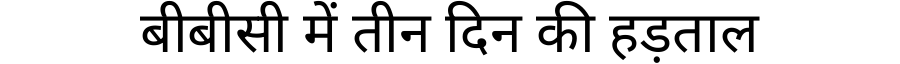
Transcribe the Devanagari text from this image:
बीबीसी में तीन दिन की हड़ताल